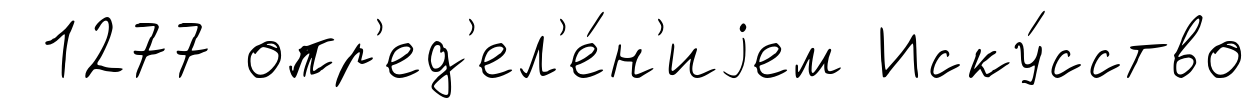
1277 опр'ед'ел'е́н'иjем Иску́сство